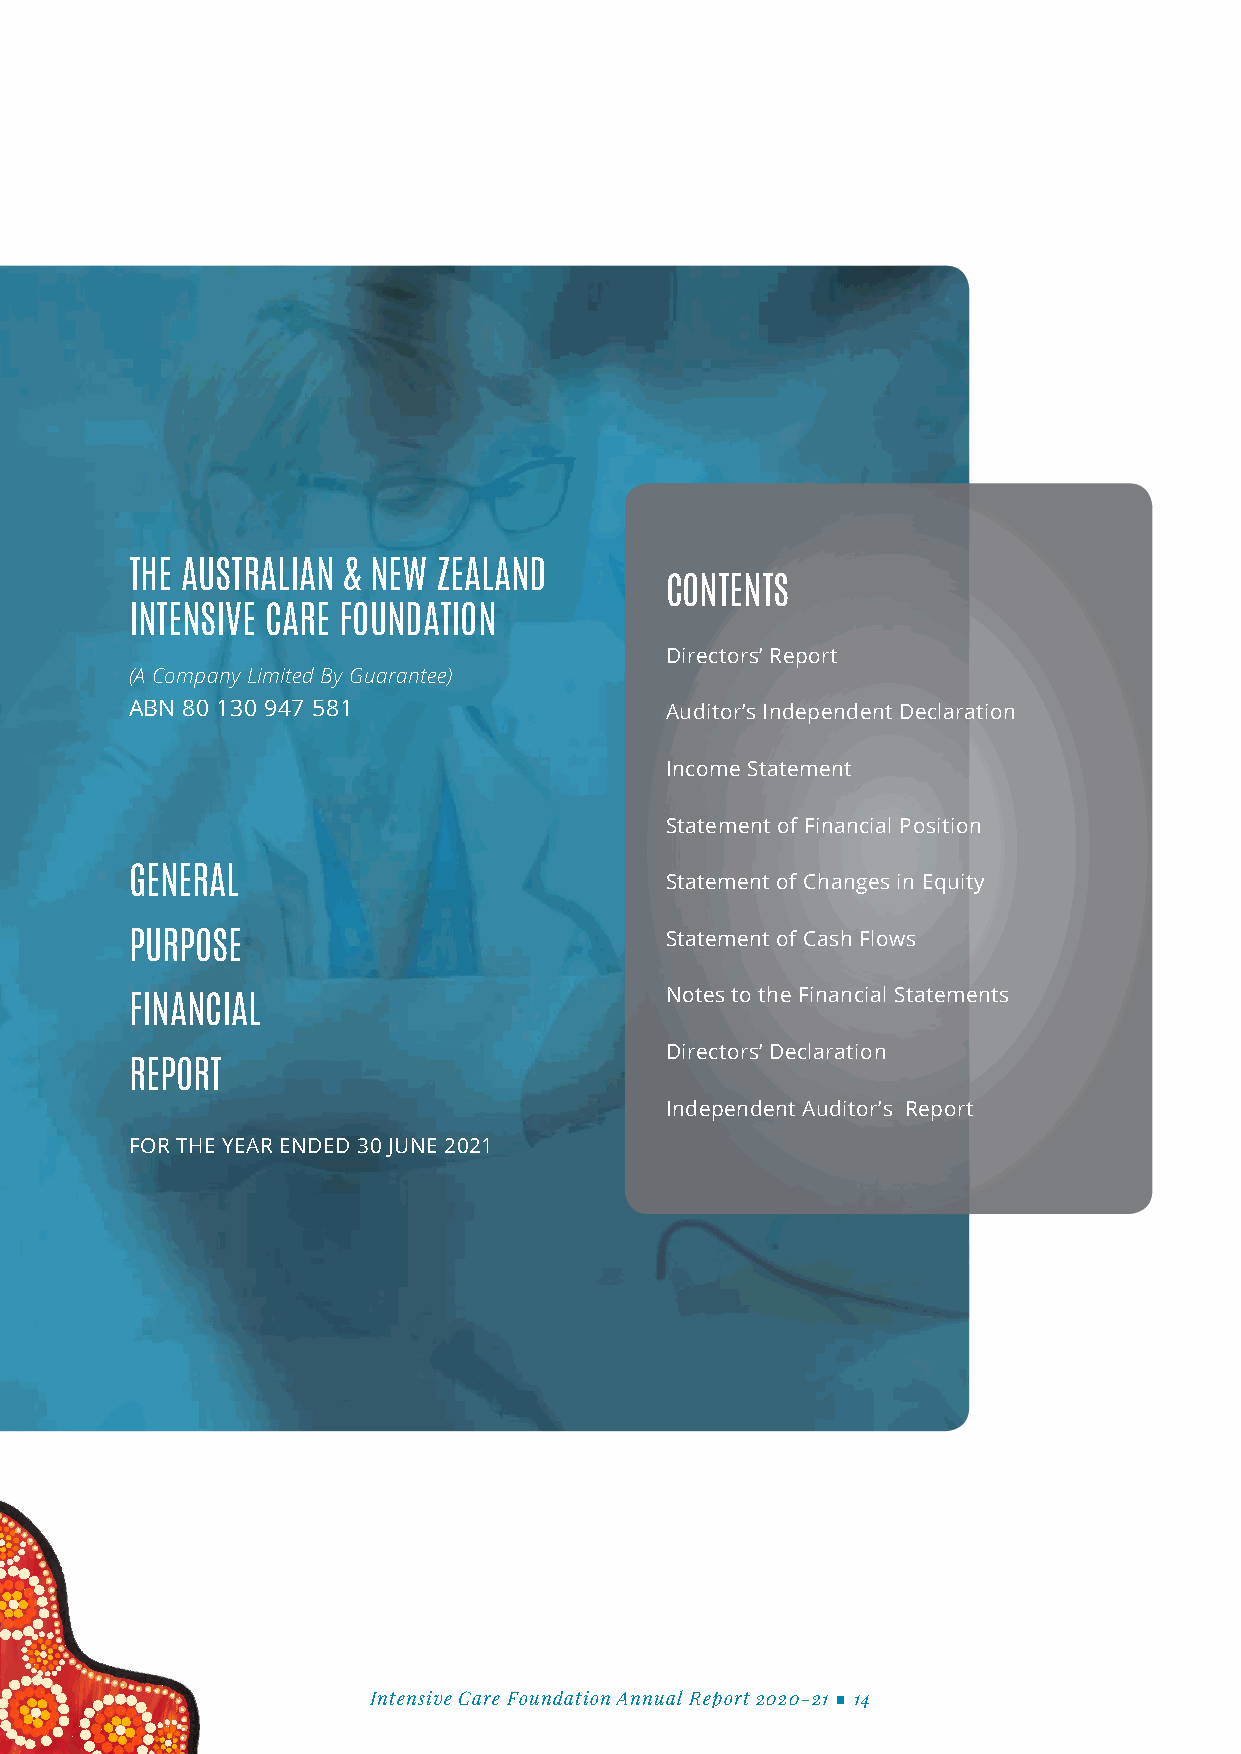
THE AUSTRALIAN & NEW ZEALAND
 CONTENTS
 INTENSIVE CARE FOUNDATION
 Directors’ Report
 (A Company Limited By Guarantee)
 ABN 80 130 947 581                 Auditor’s Independent Declaration
 Income Statement
 Statement of Financial Position
 GENERAL                            Statement of Changes in Equity
 PURPOSE                            Statement of Cash Flows
 Notes to the Financial Statements
 FINANCIAL
 Directors’ Declaration
 REPORT
 Independent Auditor’s Report
 FOR THE YEAR ENDED 30 JUNE 2021
 Intensive Care Foundation Annual Report 2020-21 ■ 14